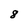
Character: 8